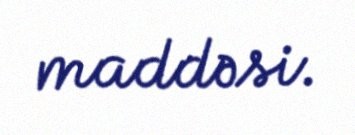
maddəsi.